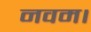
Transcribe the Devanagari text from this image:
नवम।